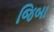
જિબા